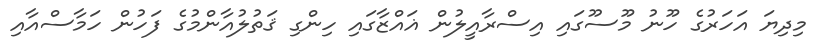
މިދިޔަ އަހަރުގެ ހޫނު މޫސުުގައި އިސްރާއީލުން ޣައްޒާގައި ހިންގި ޤަތުލުއާންމުގެ ފަހުން ހަމާސްއާއި